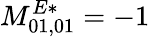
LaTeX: M_{01,01}^{E*}=-1